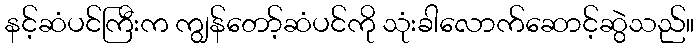
နင့်ဆံပင်ကြီးက ကျွန်တော့်ဆံပင်ကို သုံးခါလောက်ဆောင့်ဆွဲသည်။